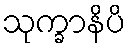
သုက္ခာနိပိ